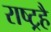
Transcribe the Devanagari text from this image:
राष्ट्रहै